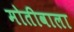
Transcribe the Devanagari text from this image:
मोतीवाला